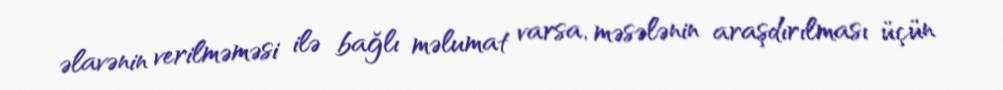
əlavənin verilməməsi ilə bağlı məlumat varsa, məsələnin araşdırılması üçün